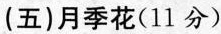
(五)月季花(11分)